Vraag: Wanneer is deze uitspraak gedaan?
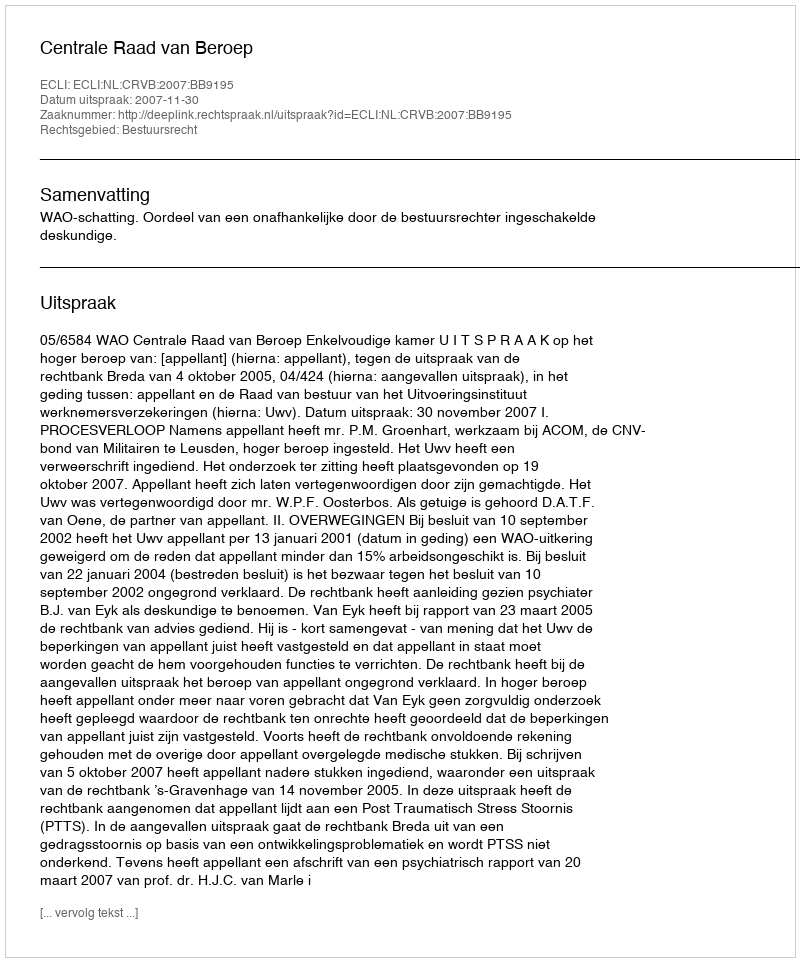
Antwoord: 2007-11-30